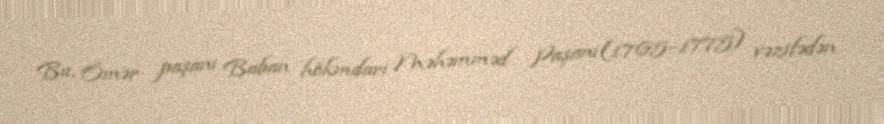
Bu, Ömər paşanı Baban hökmdarı Məhəmməd Paşanı(1765–1775) vəzifədən